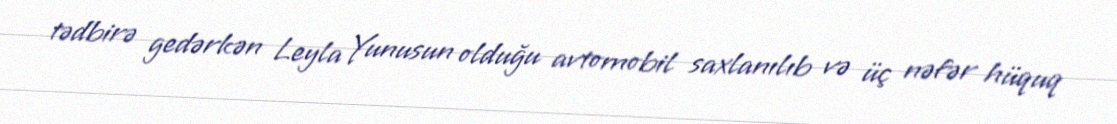
tədbirə gedərkən Leyla Yunusun olduğu avtomobil saxlanılıb və üç nəfər hüquq